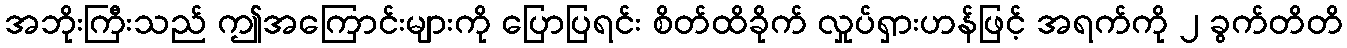
အဘိုးကြီးသည် ဤအကြောင်းများကို ပြောပြရင်း စိတ်ထိခိုက် လှုပ်ရှားဟန်ဖြင့် အရက်ကို ၂ ခွက်တိတိ